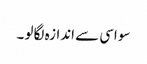
سو اسی سے اندازہ لگا لو ۔